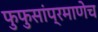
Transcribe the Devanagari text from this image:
फुफुसांप्रमाणेच